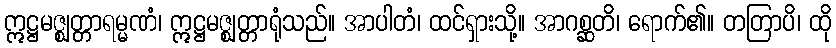
ဣဋ္ဌမဇ္ဈတ္တာရမ္မဏံ၊ ဣဋ္ဌမဇ္ဈတ္တာရုံသည်။ အာပါတံ၊ ထင်ရှားသို့။ အာဂစ္ဆတိ၊ ရောက်၏။ တတြာပိ၊ ထို